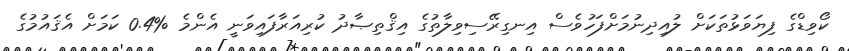
ކޯވިޑްގެ ފިޔަވަޅުތަކަށް ލުއިދިނުމަށްފަހުވެސް އިނގިރޭސިވިލާތުގެ އިޤްތިޞާދު ކުރިއަރާފައިވަނީ އެންމެ %0.4 ކަމަށް އެޤައުމުގެ